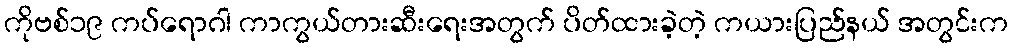
ကိုဗစ်၁၉ ကပ်ရောဂါ ကာကွယ်တားဆီးရေးအတွက် ပိတ်ထားခဲ့တဲ့ ကယားပြည်နယ် အတွင်းက